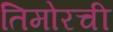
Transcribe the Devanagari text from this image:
तिमोरची